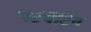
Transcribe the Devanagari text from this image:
पर्टर्बेटिव